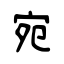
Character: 宛